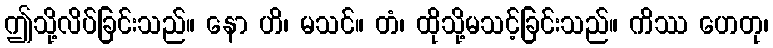
ဤသို့လိပ်ခြင်းသည်။ နော ဟိ၊ မသင်။ တံ၊ ထိုသို့မသင့်ခြင်းသည်။ ကိဿ ဟေတု၊